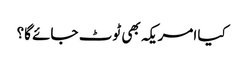
کیا امریکہ بھی ٹوٹ جائے گا؟